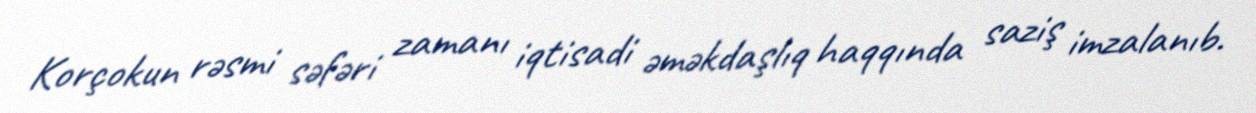
Korçokun rəsmi səfəri zamanı iqtisadi əməkdaşlıq haqqında saziş imzalanıb.